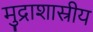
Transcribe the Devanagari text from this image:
मुद्राशास्रीय